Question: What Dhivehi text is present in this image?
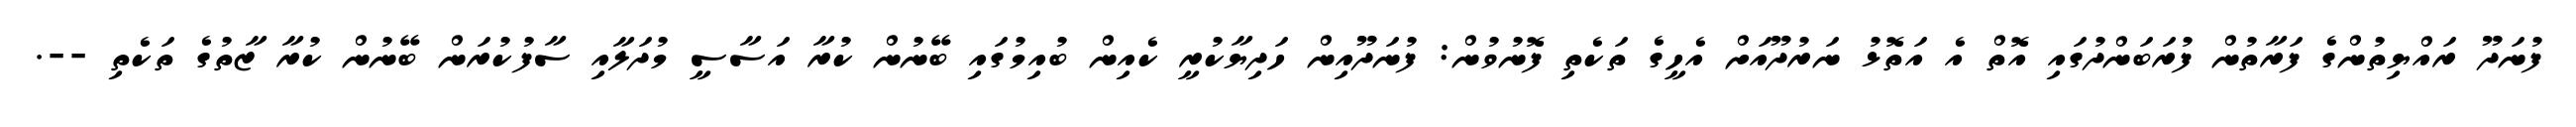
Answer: ފުނަދޫ ރައްޔިތުންގެ ފަރާތުން ފުރަބަންދުގައި އޮތް އެ އަތޮޅު ނަރުދޫއަށް އެހީގެ ތަކެތި ފޮނުވުން: ފުނަދޫއިން ހަދިޔާކުރީ ކެއިން ބުއިމުގައި ބޭނުން ކުރާ އަސާސީ މުދަލާއި ސާފުކުރަން ބޭނުން ކުރާ ޒާތުގެ ތަކެތި --.